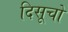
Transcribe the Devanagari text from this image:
दिसूचो